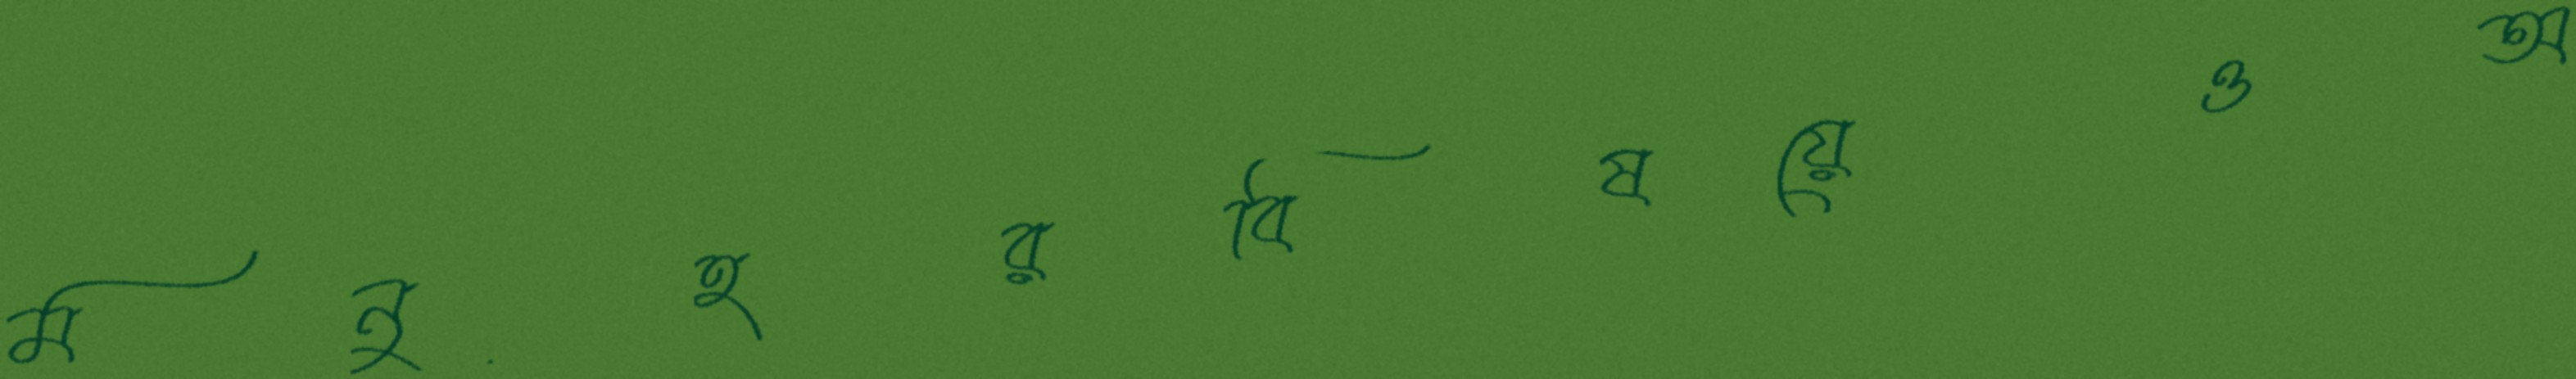
মনুহরবিষয়েওঅ